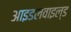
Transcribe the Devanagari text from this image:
आइडलवाइल्ड